Civil Veterinary Department. Madras. Admin. report 1926-33 - 1926-1933
Year: 1926
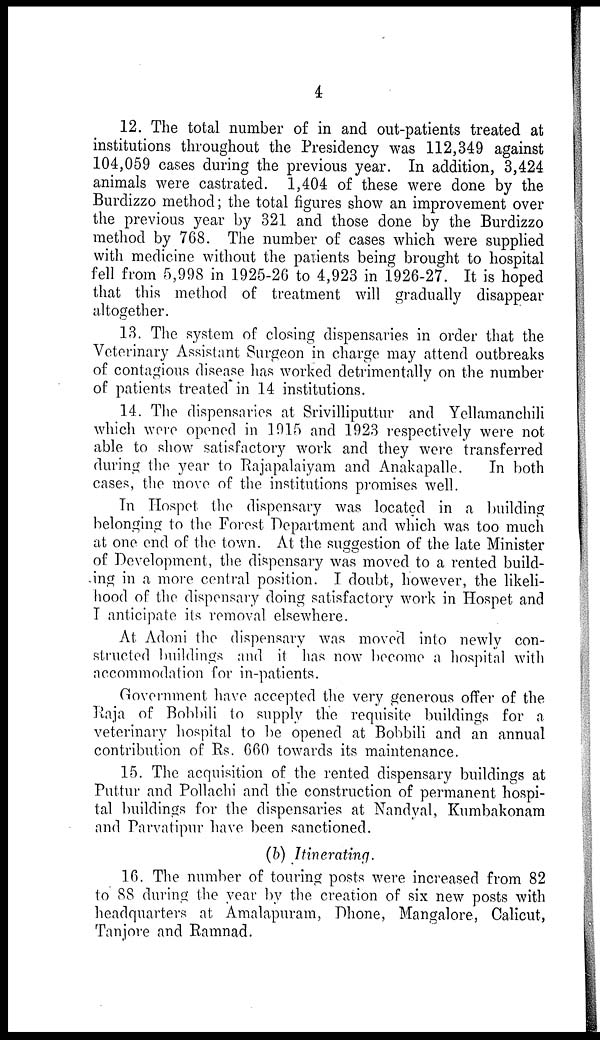
4
12. The total number of in and out-patients treated at
institutions throughout the Presidency was 112,349 against
104,059 cases during the previous year. In addition, 3,424
animals were castrated. 1,404 of these were done by the
Burdizzo method; the total figures show an improvement over
the previous year by 321 and those done by the Burdizzo
method by 768. The number of cases which were supplied
with medicine without the patients being brought to hospital
fell from 5,998 in 1925-26 to 4,923 in 1926-27. It is hoped
that this method of treatment will gradually disappear
altogether.
13. The system of closing dispensaries in order that the
Veterinary Assistant Surgeon in charge may attend outbreaks
of contagious disease has worked detrimentally on the number
of patients treated in 14 institutions.
14. The dispensaries at Srivilliputtur and Yellamanchili
which wore opened in 1915 and 1923 respectively were not
able to show satisfactory work and they were transferred
during the year to Rajapalaiyam and Anakapalle.
In both
cases, the move of the institutions promises well.
In Hospet the dispensary was located in a building
belonging to the Forest Department and which was too much
at one end of the town. At the suggestion of the late Minister
of Development, the dispensary was moved to a rented build-
ing in a more central position. I doubt, however, the likeli-
hood of the dispensary doing satisfactory work in Hospet and
I anticipate its removal elsewhere.
At Adoni the dispensary was moved into newly con-
structed buildings and it has now become a hospital with
accommodation for in-patients.
Government have accepted the very generous offer of the
Raja of Bobbili to supply the requisite buildings for a
veterinary hospital to be opened at Bobbili and an annual
contribution of Rs. 660 towards its maintenance.
15. The acquisition of the rented dispensary buildings at
Puttur and Pollachi and the construction of permanent hospi-
tal buildings for the dispensaries at Nandyal, Kumbakonam
and Parvatipur have been sanctioned.
(b) Itinerating.
16. The number of touring posts were increased from 82
to 88 during the year by the creation of six new posts with
headquarters at Amalapuram, Dhone, Mangalore, Calicut,
Tanjore and Ramnad.